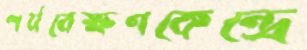
পর্যবেক্ষণকেন্দ্রে